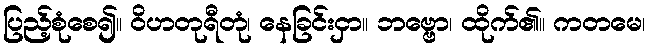
ပြည့်စုံစေ၍။ ဝိဟတုရီတုံ၊ နေခြင်းငှာ။ ဘဗ္ဗော၊ ထိုက်၏။ ကတမေ၊